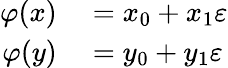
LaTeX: \begin{array}{rl}{\varphi(x)}&{{}=x_{0}+x_{1}\varepsilon}\\ {\varphi(y)}&{{}=y_{0}+y_{1}\varepsilon}\end{array}